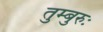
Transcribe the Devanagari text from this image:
तुम्बुरुः